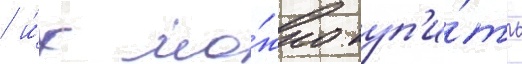
/ и́х мо́жно куп'и́ть